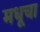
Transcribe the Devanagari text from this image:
मधूचा